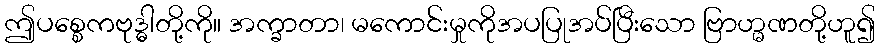
ဤပစ္စေကဗုဒ္ဓါတို့ကို။ အက္ခာတာ၊ မကောင်းမှုကိုအပပြုအပ်ပြီးသော ဗြာဟ္မဏတို့ဟူ၍